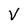
Character: V